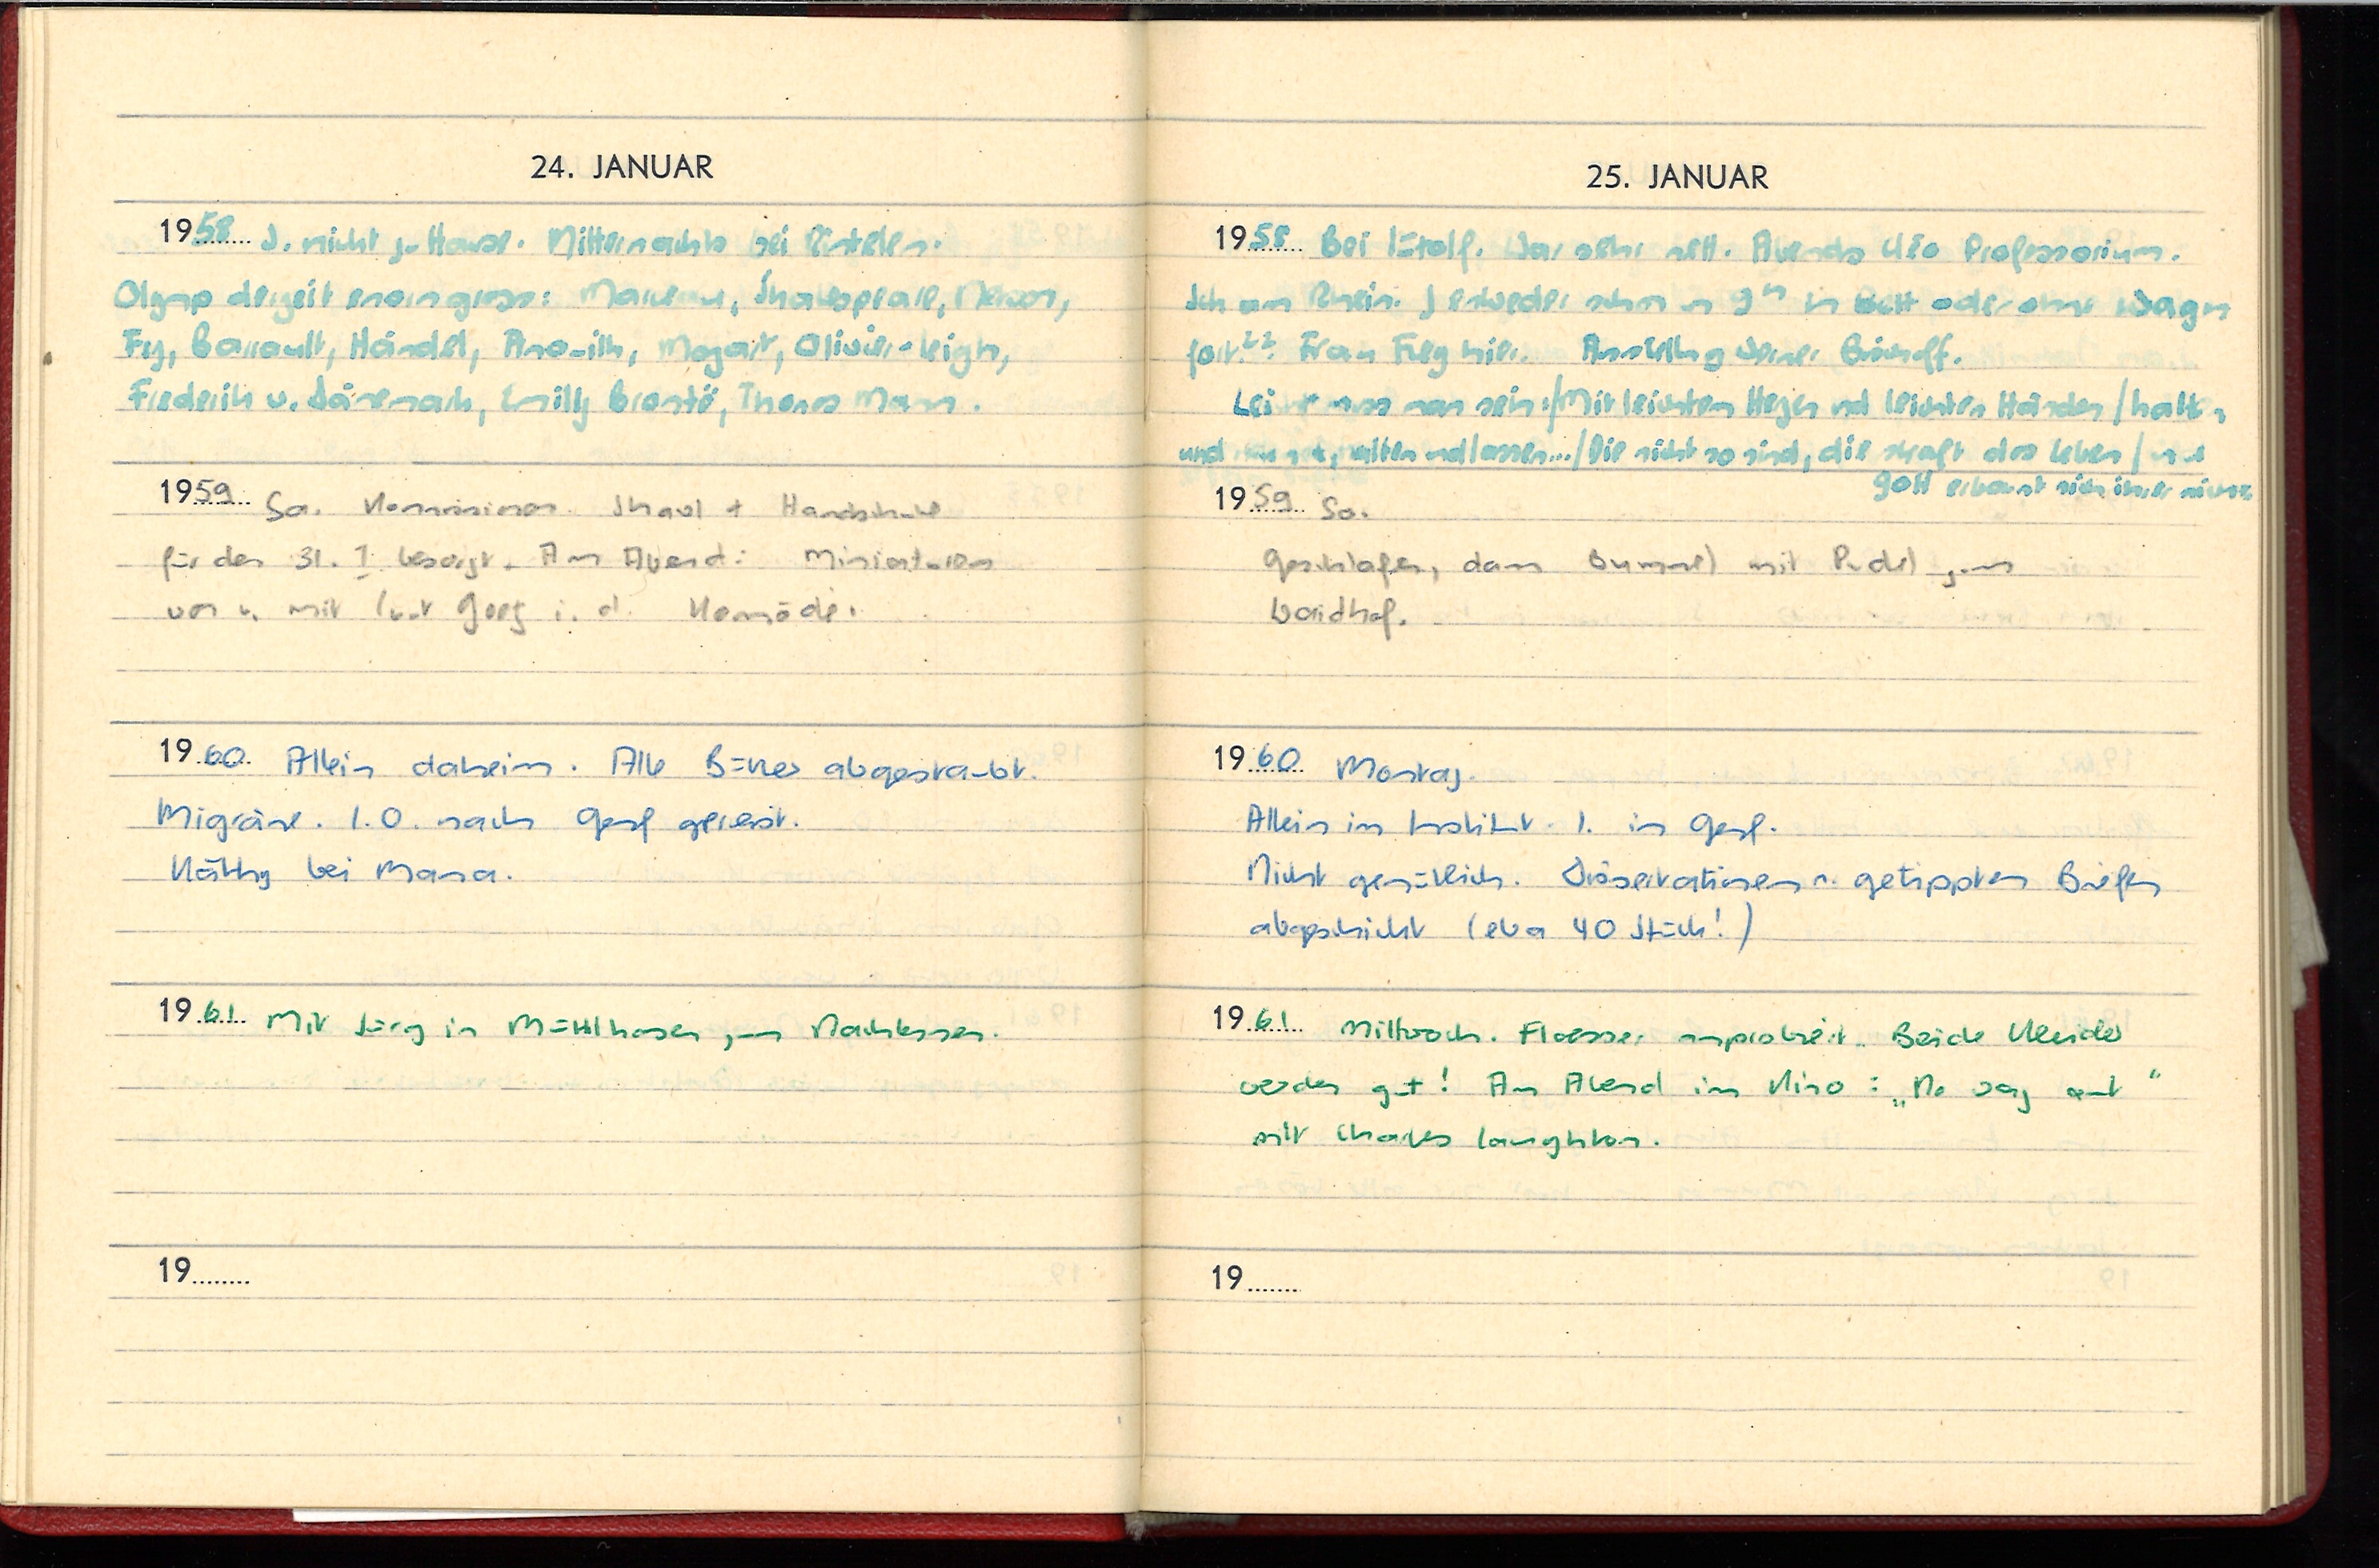
24. JANUAR
1958 J. nicht zu Hause. Mitternachts bei Rintelen.
Olymp derzeit enorm gross: Marcellus, Shakespeare, Nelson,
Fry, Barrault, Händel, Pinovich, Mozart,  Olivier Leigh,
Frederik v. Dänemark, Emily Brontë, Thomas Mann.
1959 Sa. Kommission. Shawl + Handschuhe
für den 31. I. besorgt. Am Abend: Miniaturen
von u. mit Luut Goog i. d. Komödie.
1960 Allein daheim. Alle Bücher abgestaubt.
Migräne. I.O. nach Genf gereist.
Käthy bei Mama.
1961 Mit Jürg in Mühlhausen zum Nachtessen.
19

25. JANUAR
1958 Bei Lütolf. War sehr nett. Abends Uio Professorium.
Ich am Rhein. J. entweder schon um 9h im Bett oder ohne Wagen
fort?? Frau Fieg hier. Ausstellung Werner Bischoff.
Leider muss man sich/Mit leichten Herzen und leichten Händen, halten
und nehmen, halten und lassen .../Die nicht so sind, die straft das Leben/und
Gott erbarmt sich ihrer nicht.
1959 So,
Geschlafen, dann Bummel mit Pudel gen
Waidhof.
1960 Montag
Allein im Institut. I. in Genf.
Nicht gemütlich. Observationen nach getippten Briefen
abgeschickt (etwa 40 Stück!)
1961 Mittwoch. Floesser anprobiert. Beide Kleider
werden gut! Am Abend im Kino: „No way out”
mit Charles Laughton.
19...